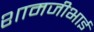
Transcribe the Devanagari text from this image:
शामजीभाई